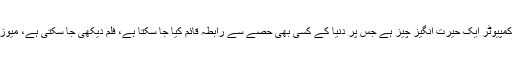
آپ دیکھتے ہیں کہ کمپیوٹر ایک حیرت انگیز چیز ہے جس پر دنیا کے کسی بھی حصے سے رابطہ قائم کیا جا سکتا ہے، فلم دیکھی جا سکتی ہے، میوزک سنا جا سکتا ہے۔